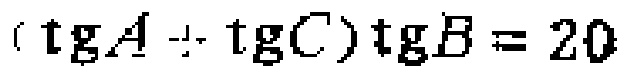
\((\operatorname{tg}A + \operatorname{tg}C)\operatorname{tg}B = 20\)